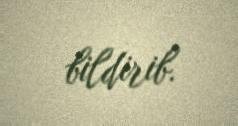
bildirib.